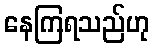
နေကြရသည်ဟု